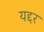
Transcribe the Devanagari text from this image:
यद्दर